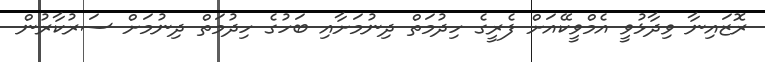
ރޮޒައިނާ ވިދާޅުވީ އެމްވީކޭއަށް ފެރީގެ ހިދުމަތް ދިނުމަށާއި ބަހުގެ ހިދުމަތް ދިނުމަށް ސަރުކާރުން